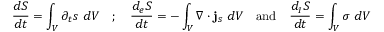
\frac { d S } { d t } = \int _ { V } \partial _ { t } s \ d V \quad ; \quad \frac { d _ { e } S } { d t } = - \int _ { V } \nabla \cdot { \bf j } _ { s } \ d V \quad \mathrm { a n d } \quad \frac { d _ { I } S } { d t } = \int _ { V } \sigma \ d V